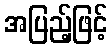
အပြည့်ဖြင့်